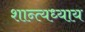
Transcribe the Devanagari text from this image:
शान्त्यध्याय